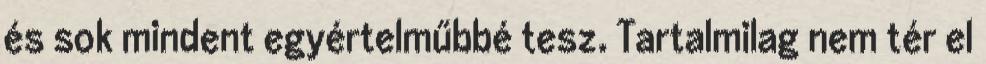
és sok mindent egyértelműbbé tesz. Tartalmilag nem tér el